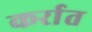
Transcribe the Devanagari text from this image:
कर्रात